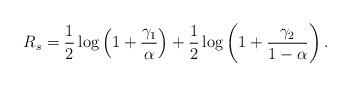
LaTeX: \begin{align*}R_{s} = \frac{1}{2}\log\left(1+\frac{\gamma_1}{\alpha}\right)+\frac{1}{2}\log\left(1+\frac{\gamma_2}{1-\alpha}\right).\end{align*}